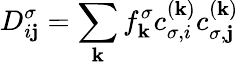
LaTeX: D_{i\mathbf{j}}^{\sigma}=\sum_{\mathbf{k}}f_{\mathbf{k}}^{\sigma}c_{\sigma,i}^{(\mathbf{k})}c_{\sigma,\mathbf{j}}^{(\mathbf{k})}